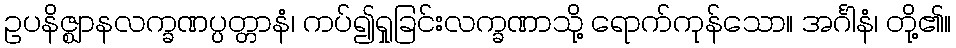
ဥပနိဇ္ဈာနလက္ခဏပ္ပတ္တာနံ၊ ကပ်၍ရှုခြင်းလက္ခဏာသို့ ရောက်ကုန်သော။ အင်္ဂါနံ၊ တို့၏။